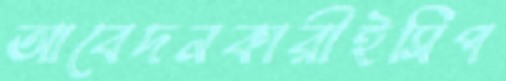
আবেদনকারীইসিপ